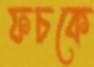
ফচকে